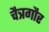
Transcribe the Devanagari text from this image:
चैत्रगौर